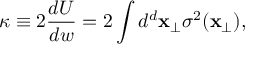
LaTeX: \kappa \equiv 2 { \frac { d U } { d w } } = 2 \int d ^ { d } { \bf x } _ { \perp } \sigma ^ { 2 } ( { \bf x } _ { \perp } ) ,